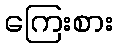
ကြေးစား